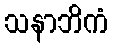
သနာဘိကံ